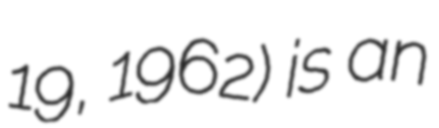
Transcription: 19, 1962) is an